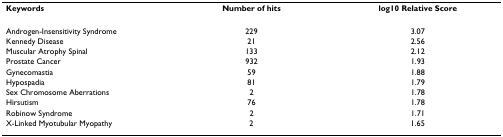
<table><thead><tr><td><b>Keywords</b></td><td><b>Number of hits</b></td><td><b>log10 Relative Score</b></td></tr></thead><tbody><tr><td>Androgen-Insensitivity Syndrome</td><td>229</td><td>3.07</td></tr><tr><td>Kennedy Disease</td><td>21</td><td>2.56</td></tr><tr><td>Muscular Atrophy Spinal</td><td>133</td><td>2.12</td></tr><tr><td>Prostate Cancer</td><td>932</td><td>1.93</td></tr><tr><td>Gynecomastia</td><td>59</td><td>1.88</td></tr><tr><td>Hypospadia</td><td>81</td><td>1.79</td></tr><tr><td>Sex Chromosome Aberrations</td><td>2</td><td>1.78</td></tr><tr><td>Hirsutism</td><td>76</td><td>1.78</td></tr><tr><td>Robinow Syndrome</td><td>2</td><td>1.71</td></tr><tr><td>X-Linked Myotubular Myopathy</td><td>2</td><td>1.65</td></tr></tbody></table>